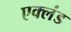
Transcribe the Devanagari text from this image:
एक्लंड